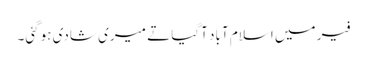
فیر میں اسلام آباد آگیا تے میری شادی ہوگئی۔